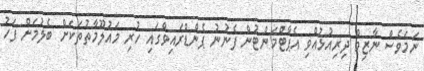
ނަމަވެސް ނާޒިމް ދިރިއުޅުއްވި އެޕާޓްމަންޓުން ފެނުނު ޕެންޑްރައިވްގައި ހުރި މައުލޫމާތުތަކަށް ބެލުމަށް ފަހު